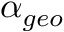
\ \alpha _ { g e o }